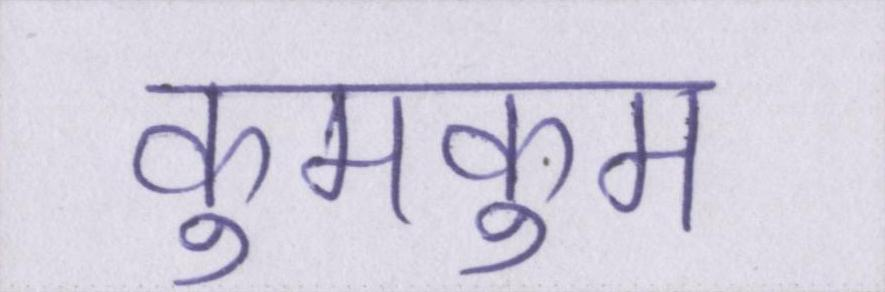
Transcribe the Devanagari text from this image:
कुमकुम